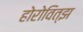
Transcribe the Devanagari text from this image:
होरोवित्झ